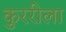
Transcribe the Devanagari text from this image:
कुररीला